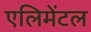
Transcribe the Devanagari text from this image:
एलिमेंटल